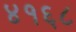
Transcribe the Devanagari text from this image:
४१६८